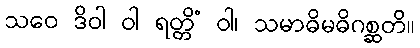
သဝေ ဒိဝါ ဝါ ရတ္တိံ ဝါ၊ သမာဓိမဓိဂစ္ဆတိ။